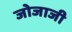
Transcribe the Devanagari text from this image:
जोजाजी